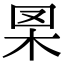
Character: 𦊧